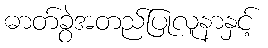
ဓာတ်ခွဲအတည်ပြုလူနာနှင့်